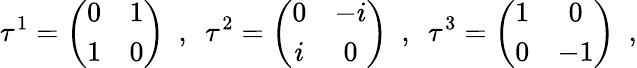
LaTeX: \tau^{1}=\left(\begin{array}{cc}{{0}}&{{1}}\\ {{1}}&{{0}}\end{array}\right)\ \ ,\ \ \tau^{2}=\left(\begin{array}{cc}{{0}}&{{-i}}\\ {{i}}&{{0}}\end{array}\right)\ \ ,\ \ \tau^{3}=\left(\begin{array}{cc}{{1}}&{{0}}\\ {{0}}&{{-1}}\end{array}\right)\ \ ,